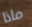
ماذا